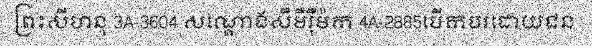
ព្រះសីហនុ 3A-3604 សណ្តោងសឺមឺរ៉ឺម៉ក 4A-2885បើកបរដោយជន